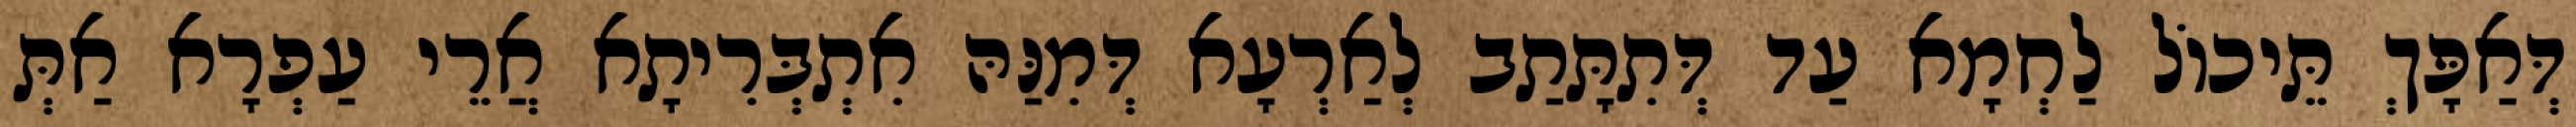
דְּאַפָּךְ תֵּיכוֹל לַחְמָא עַד דְּתִתָּתַב לְאַרְעָא דְּמִנַּהּ אִתְבְּרִיתָא אֲרֵי עַפְרָא אַתְּ